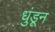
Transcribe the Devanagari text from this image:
धुंडून